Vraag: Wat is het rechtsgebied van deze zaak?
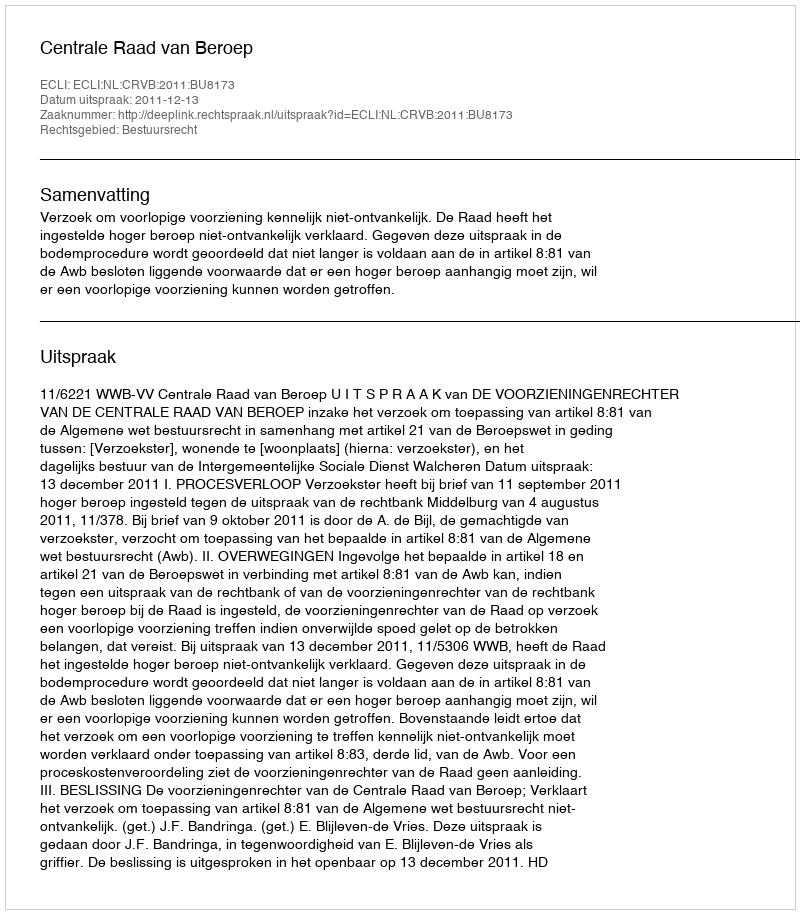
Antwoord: Bestuursrecht